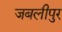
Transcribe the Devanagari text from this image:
जबलीपुर